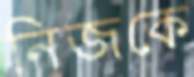
নিজকে